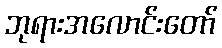
ဘုရားအလောင်းတော်